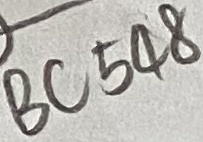
Text: BC548